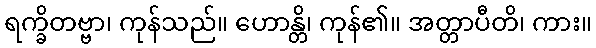
ရက္ခိတဗ္ဗာ၊ ကုန်သည်။ ဟောန္တိ၊ ကုန်၏။ အတ္တာပီတိ၊ ကား။